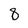
Character: 8